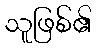
သူဖြစ်၏